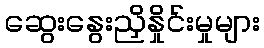
ဆွေးနွေးညှိနှိုင်းမှုများ